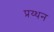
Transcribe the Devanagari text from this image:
प्रय्थन